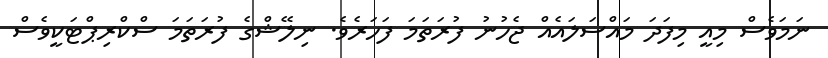
ނަމަވެސް މިއީ މިފަދަ މައްސަލައެއް ޖެހުނު ފުރަތަމަ ފަހަރެވެ. ނިލޭޝްގެ ފުރަތަމަ ސްކްރިޕްޓަކީވެސް